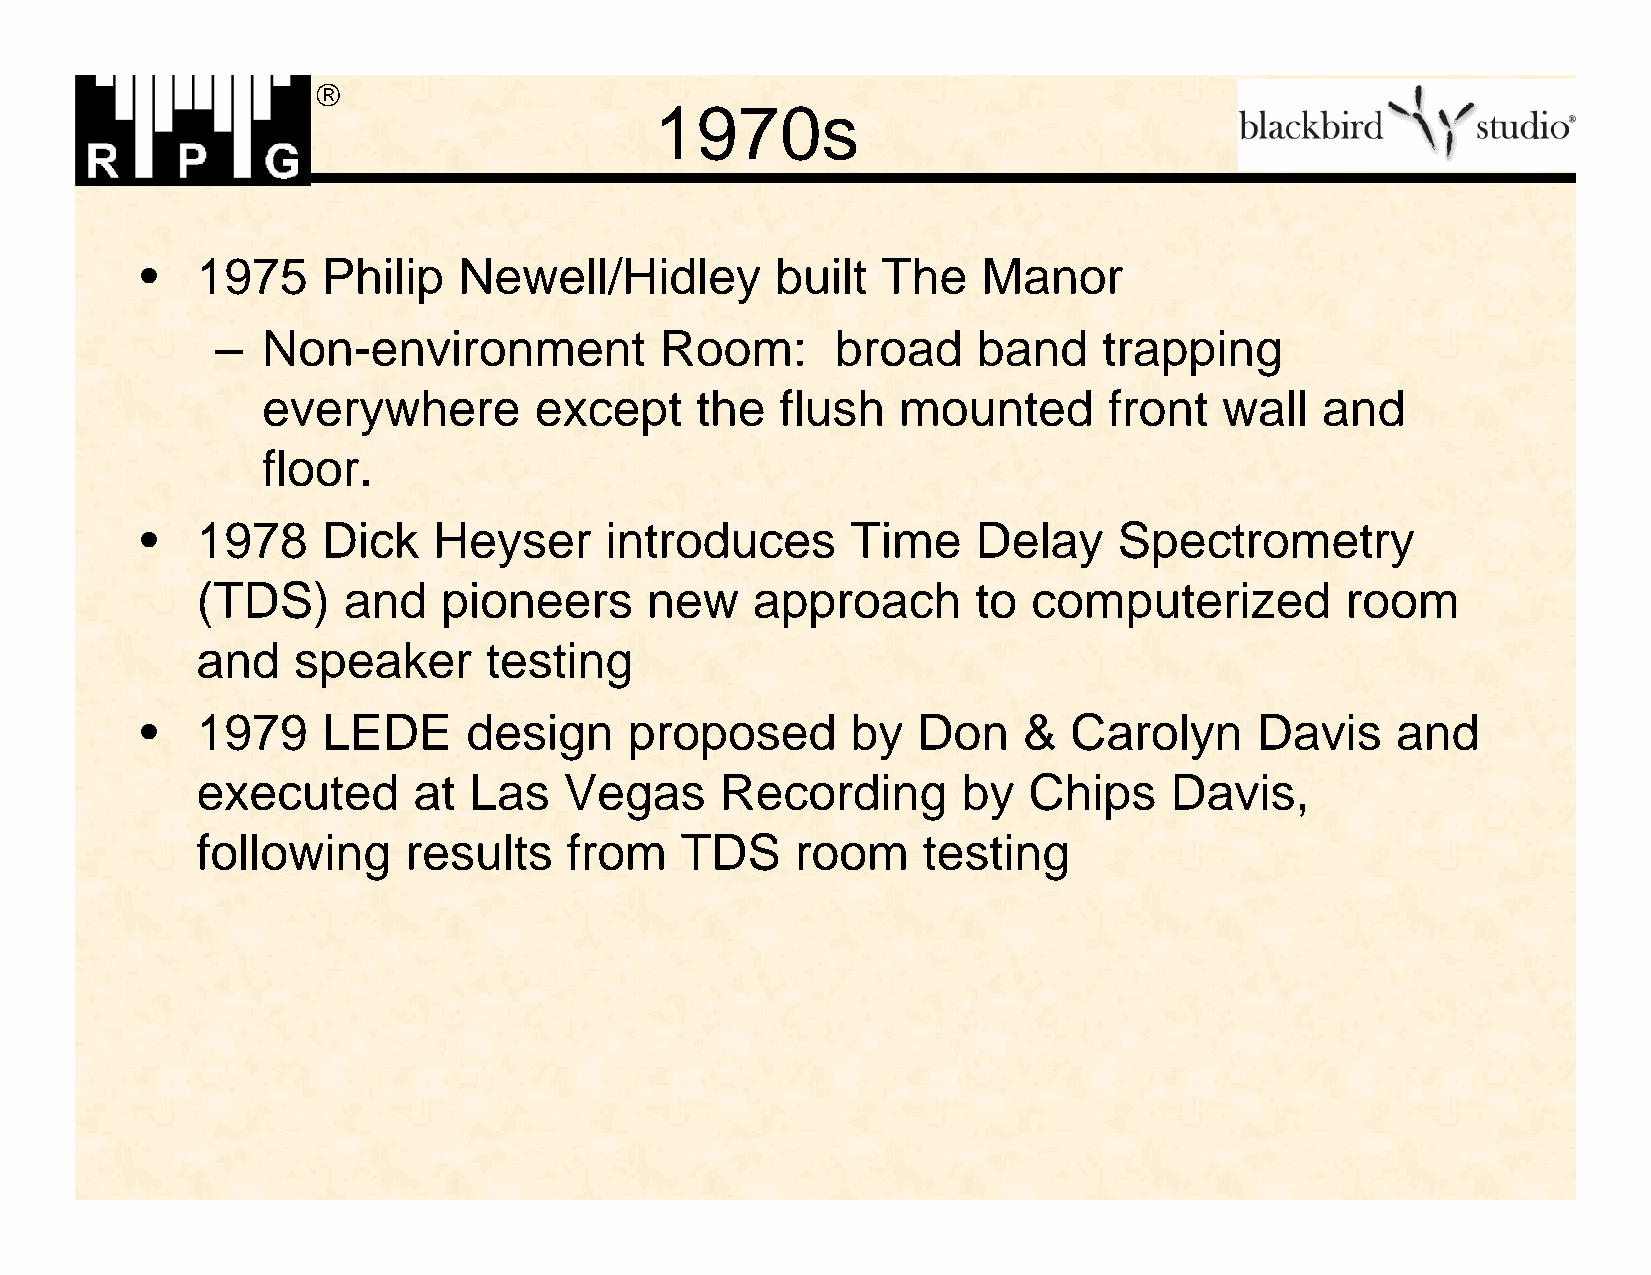

 1970s
 •   1975    Philip   Newell/Hidley        built  The    Manor
 –  Non-environment            Room:      broad     band    trapping
 everywhere        except     the   flush  mounted       front   wall  and
 floor.
 •   1978    Dick    Heyser     introduces      Time     Delay    Spectrometry
 (TDS)     and   pioneers      new    approach       to computerized         room
 and   speaker      testing
 •   1979    LEDE      design     proposed      by   Don    &  Carolyn     Davis    and
 executed      at  Las   Vegas      Recording       by  Chips    Davis,
 following     results    from   TDS     room    testing